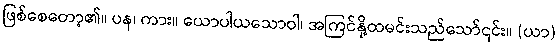
ဖြစ်စေတော့၏။ ပန၊ ကား။ ယောပါယသောဝါ၊ အကြင်နို့ထမင်းသည်သော်၎င်း။ (ယာ)